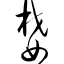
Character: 婪